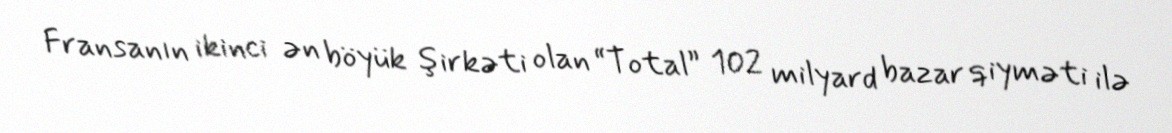
Fransanın ikinci ən böyük şirkəti olan “Total” 102 milyard bazar qiyməti ilə